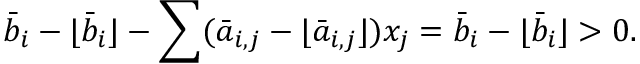
{ \bar { b } } _ { i } - \lfloor { \bar { b } } _ { i } \rfloor - \sum ( { \bar { a } } _ { i , j } - \lfloor { \bar { a } } _ { i , j } \rfloor ) x _ { j } = { \bar { b } } _ { i } - \lfloor { \bar { b } } _ { i } \rfloor > 0 .